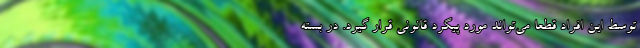
توسط این افراد قطعا می‌تواند مورد پیگرد قانونی قرار گیرد. در بسته